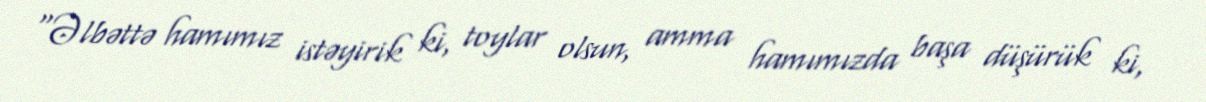
“Əlbəttə hamımız istəyirik ki, toylar olsun, amma hamımızda başa düşürük ki,